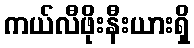
ကယ်လီဖိုးနီးယားရှိ